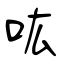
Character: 吰